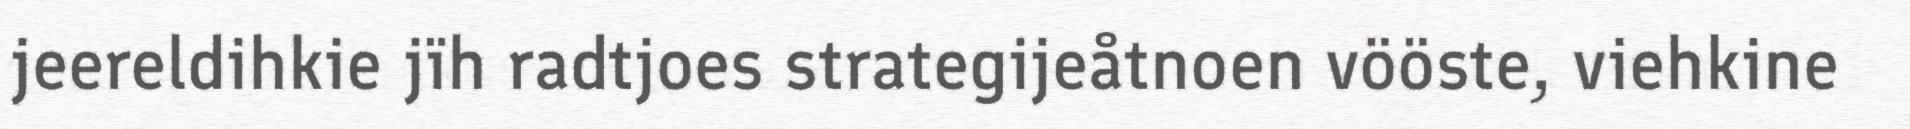
jeereldihkie jïh radtjoes strategijeåtnoen vööste, viehkine